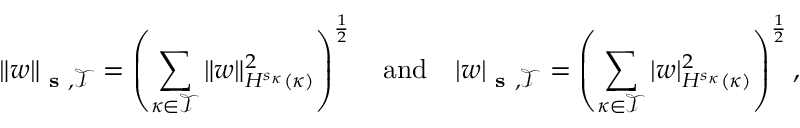
\Vert w \Vert _ { \textbf { s } , \mathcal { T } } = \left( \sum _ { \kappa \in \mathcal { T } } \Vert w \Vert _ { H ^ { s _ { \kappa } } ( \kappa ) } ^ { 2 } \right) ^ { \frac { 1 } { 2 } } \quad \mathrm { a n d } \quad | w | _ { \textbf { s } , \mathcal { T } } = \left( \sum _ { \kappa \in \mathcal { T } } | w | _ { H ^ { s _ { \kappa } } ( \kappa ) } ^ { 2 } \right) ^ { \frac { 1 } { 2 } } ,